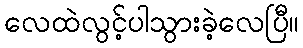
လေထဲလွင့်ပါသွားခဲ့လေပြီ။